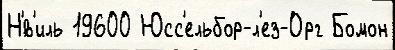
Н'́в'иль 19600 Юсс'ельбор-л'ез-Орг Бомон